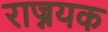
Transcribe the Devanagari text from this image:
राज्नयक